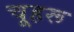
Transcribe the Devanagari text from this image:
चूहरू